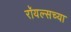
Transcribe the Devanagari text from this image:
रॉयल्सच्या